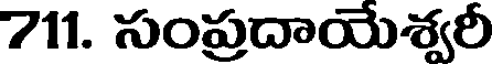
711. సంప్రదాయేశ్వరీ